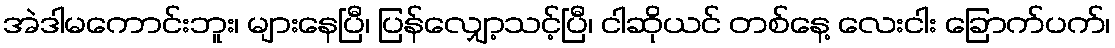
အဲဒါမကောင်းဘူး၊ များနေပြီ၊ ပြန်လျှော့သင့်ပြီ၊ ငါဆိုယင် တစ်နေ့ လေးငါး ခြောက်ပက်၊